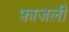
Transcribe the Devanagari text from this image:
फ़ाजली